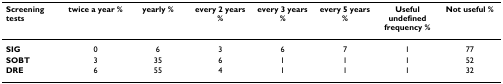
| Screening tests | twice a year % | yearly % | every 2 years % | every 3 years % | every 5 years % | Useful undefined frequency % | Not useful % |
 | --- | --- | --- | --- | --- | --- | --- | --- |
 | SIG | 0 | 6 | 3 | 6 | 7 | 1 | 77 |
 | SOBT | 3 | 35 | 6 | 1 | 1 | 1 | 52 |
 | DRE | 6 | 55 | 4 | 1 | 1 | 1 | 32 |